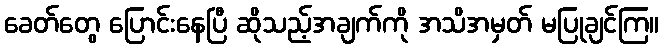
ခေတ်တွေ ပြောင်းနေပြီ ဆိုသည့်အချက်ကို အသိအမှတ် မပြုချင်ကြ။